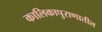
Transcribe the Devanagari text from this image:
कालिकापुराणातील